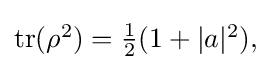
{\textstyle \operatorname {tr} (\rho ^{2})={\frac {1}{2}}(1+|a|^{2}),}